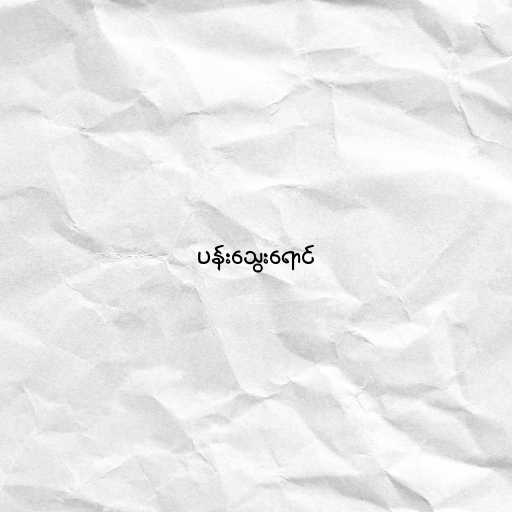
ပန်းသွေးရောင်